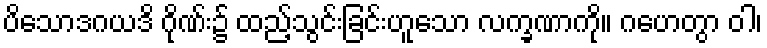
ပိသောဒဂယဒိ ဂိုဏ်း၌ ထည့်သွင်းခြင်းဟူသော လက္ခဏာကို။ ဂဟေတွာ ဝါ၊